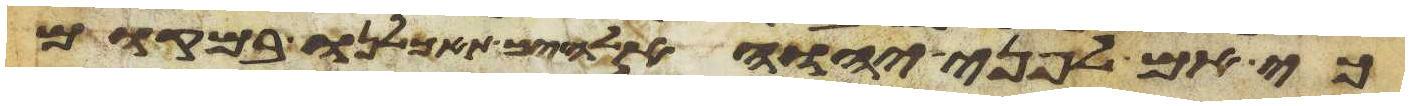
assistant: כי אם לפני יהוה אלהיך תאכלנו במקום